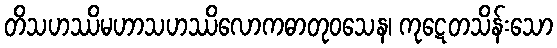
တိသဟဿိမဟာသဟဿိလောကဓာတုဝသေန၊ ကုဋေတသိန်းသော